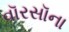
વૉરસૉના